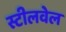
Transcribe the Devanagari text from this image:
स्टीलवेल